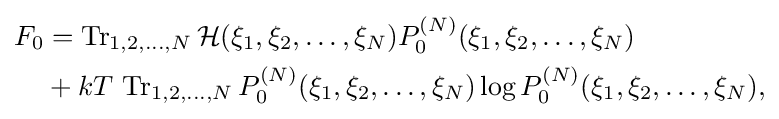
{\begin{aligned}F_{0}&=\operatorname {Tr} _{1,2,\ldots ,N}{\mathcal {H}}(\xi _{1},\xi _{2},\ldots ,\xi _{N})P_{0}^{(N)}(\xi _{1},\xi _{2},\ldots ,\xi _{N})\\&+kT\,\operatorname {Tr} _{1,2,\ldots ,N}P_{0}^{(N)}(\xi _{1},\xi _{2},\ldots ,\xi _{N})\log P_{0}^{(N)}(\xi _{1},\xi _{2},\ldots ,\xi _{N}),\end{aligned}}